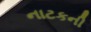
નાટકની